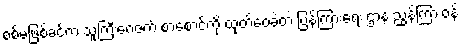
စစ်မဖြစ်ခင်က သူကြီးဂေဇက် စာစောင်ကို ထုတ်ဝေခဲ့တဲ့ ပြန်ကြားရေး ဌာန ညွှန်ကြားဝန်